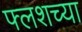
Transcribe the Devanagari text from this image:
फ्लशच्या